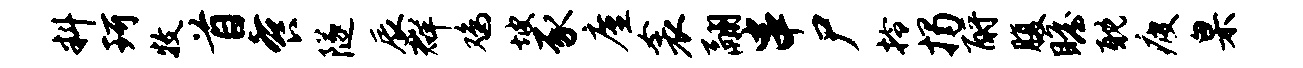
料珂牧首餐隧辰群鸡坡豕廑衾翮串尸拎揭酹腹瞻耽疲臬